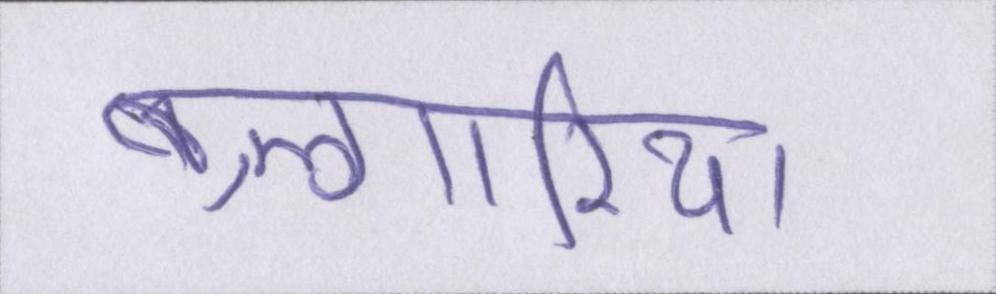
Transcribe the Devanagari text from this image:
बुल्गारिया